system: You are a helpful assistant.
user:
Analyze the provided spectrum to determine if it is a **White Dwarf (WD)**.

A White Dwarf spectrum is defined by its **extreme purity** (due to gravitational settling) and/or **extreme pressure broadening** (due to high surface gravity). You must check for one of the following mutually exclusive signatures:

- **Key Visual Indicators (Check for ONE of these types):**

    - **1. DA-Type Signature (Most Common):**
        - **(Primary Feature):** Extreme pressure broadening (Stark broadening) of the **Hydrogen (H) Balmer lines**.
        - **(Key Lines):** $H\beta$ (approx. $4861$ Å) and $H\gamma$ (approx. $4340$ Å). $H\alpha$ (approx. $6563$ Å) will also be present if the wavelength range covers it.
        - **(Line Profile):** This is the **defining feature**. The lines are **NOT** sharp. They appear as massive, **extremely broad and deep "troughs" or "dips"** in the spectrum, often hundreds of Ångströms wide. The continuum will appear to "scoop" down at these wavelengths.
        - **(Distinction):** Normal A-type or B-type stars have *narrow* and *sharp* Hydrogen lines. A DA White Dwarf's lines are unmistakably "smeared" or "blurry" from pressure.

    - **2. DB-Type Signature:**
        - **(Primary Feature):** Broad absorption lines from **Neutral Helium (He I)**. The spectrum must lack any visible Hydrogen lines.
        - **(Key Lines):** Look for broad absorption near $4471$ Å, $4921$ Å, and $5876$ Å.
        - **(Line Profile):** These lines are also significantly pressure-broadened, appearing much wider than they would in a normal B-type main-sequence star.

    - **3. DC-Type Signature:**
        - **(Primary Feature):** A **featureless continuous spectrum**.
        - **(Line Profile):** The spectrum is a smooth curve with **no significant absorption or emission lines**.
        - **(Key Confirmation):** The continuum is almost always **blue or white**, indicating a hot object. This signature implies the atmosphere is so pure (or so cool) that no spectral lines are visible in the optical range. Its WD identity is confirmed by its extremely low intrinsic brightness (high absolute magnitude).

    - **4. DZ-Type Signature (Metal-Polluted):**
        - **(Primary Feature):** **Isolated, narrow metal absorption lines** on an otherwise featureless (DC-like) continuum.
        - **(Key Lines):** The **Calcium (Ca II) H & K doublet** (approx. **$3934$ Å** and **$3968$ Å**) is the most common and defining feature.
        - **(Line Profile):** These lines are "out of place." They are *not* part of a "forest" of thousands of lines. This signature is evidence of recent *accretion* (pollution) from rocky debris.
        - **(Distinction):** Normal G/K/M stars have a *dense forest* of thousands of metal lines. A DZ has a *clean* continuum with *only a few* strong metal lines.

    - **5. DQ-Type Signature (Carbon-Polluted):**
        - **(Primary Feature):** Absorption bands from **Carbon (C₂ "Swan Bands" or atomic C I)**.
        - **(Key Lines - C₂):** Look for bandheads with a "saw-tooth" shape near $5635$ Å, **$5165$ Å** (strongest), and $4737$ Å.
        - **(Key Confirmation):** The underlying **continuum must be blue or white** (hot).
        - **(Distinction):** This is the critical difference from a **Carbon Star**, which has the *exact same* C₂ bands but on an extremely **red, cool** continuum.

- **(Overall Spectrum):**
    - The continuum (overall shape) is typically **blue-sloping** (brighter in the blue than the red), as most white dwarfs are very hot.
    - The spectrum will look "pure" or "simple," dominated by only *one* of the five signatures listed above.

Think first, call **spectral_visualization_tool** if needed to examine features in detail, then provide your final answer. Your response must adhere to the following strict rules:
1.  **Overall Structure:** Your response must follow the format `<think>...</think> <tool_call>...</tool_call> (if a tool is used) <answer>...</answer>`.
2.  **Tool Usage Constraint:** You may only make **one** tool call per turn.
3.  **Final Answer Format:** In the `<answer>` tag, your conclusion must be inside a `\boxed{}` command (e.g., `\boxed{YES}` or `\boxed{NO}`), followed by your justification.

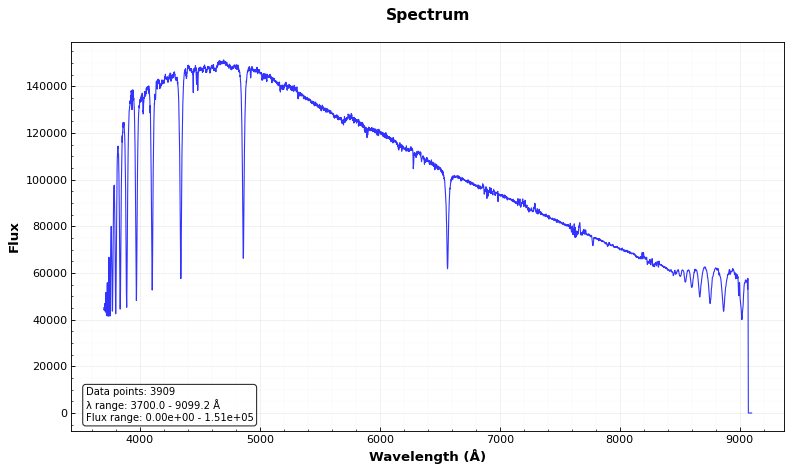
Answer: NO